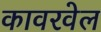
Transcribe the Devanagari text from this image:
कावरवेल